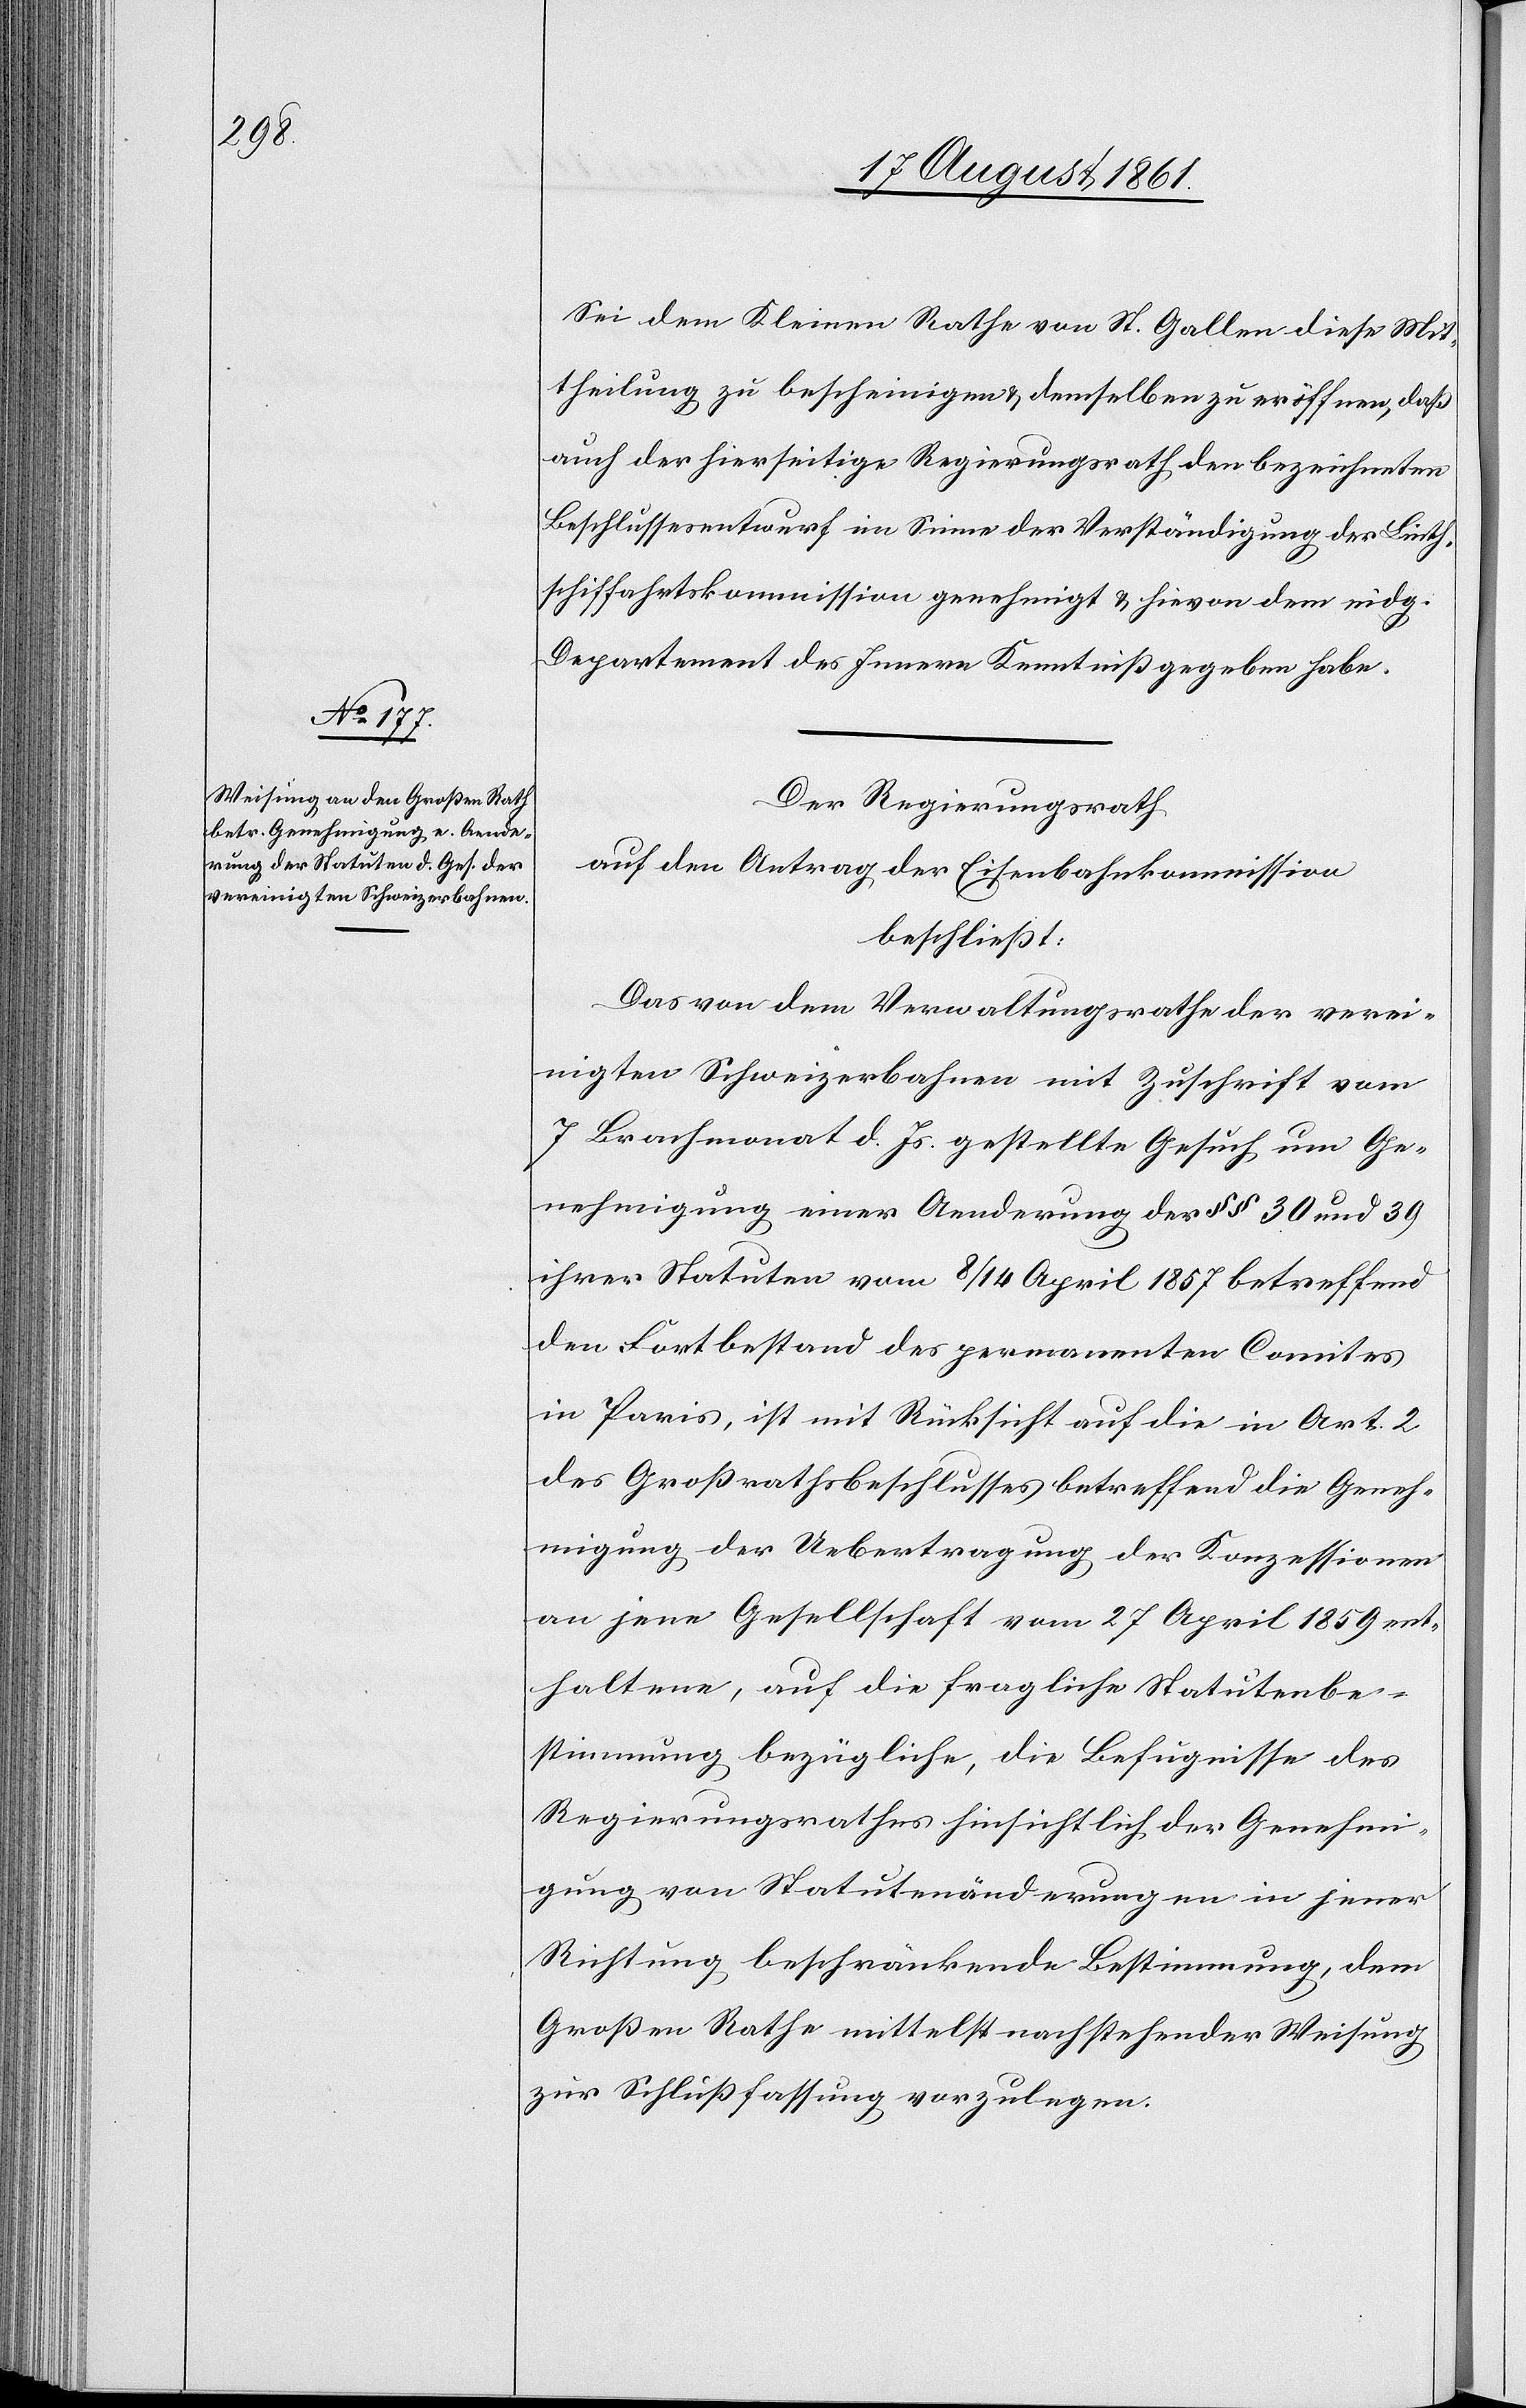
Sei dem Kleinen Rathe von St. Gallen diese Mit¬
theilung zu bescheinigen, u. demselben zu eröffnen, daß
auch der hierseitige Regierungsrath den bezeichneten
Beschlussesentwurf im Sinne der Verständigung der Linth¬
schifffahrtskommission genehmigt u. hievon dem eidg.
Departement des Innern Kenntniß gegeben habe.
Der Regierungsrath
auf den Antrag der Eisenbahnkommission
beschließt:
Das von dem Verwaltungsrathe der verei¬
nigten Schweizerbahnen mit Zuschrift vom
7 Brachmonat d. Js. gestellte Gesuch um Ge¬
nehmigung einer Aenderung der §§ 30 und 39
ihrer Statuten vom 8/14 April 1857 betreffend
den Fortbestand des permanenten Comites
in Paris, ist mit Rücksicht auf die in Art. 2
des Großrathsbeschlusses betreffend die Geneh¬
migung der Uebertragung der Konzessionen
an jene Gesellschaft vom 27 April 1859 ent¬
haltene, auf die fragliche Statutenbe¬
stimmung bezügliche, die Befugnisse des
Regierungsrathes hinsichtlich der Genehmi¬
gung von Statutenveränderungen in jener
Richtung beschränkende Bestimmung, dem
Großen Rathe mittelst nachstehender Weisung
zur Schlußfaßung vorzulegen.